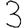
Digit: 3